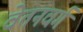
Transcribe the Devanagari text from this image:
वेतनवर्ग